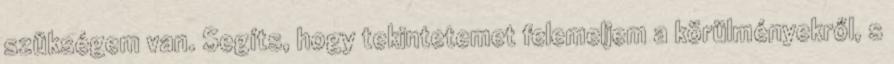
szükségem van. Segíts, hogy tekintetemet felemeljem a körülményekről, s